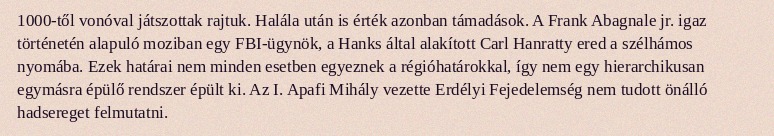
1000-től vonóval játszottak rajtuk. Halála után is érték azonban támadások. A Frank Abagnale jr. igaz történetén alapuló moziban egy FBI-ügynök, a Hanks által alakított Carl Hanratty ered a szélhámos nyomába. Ezek határai nem minden esetben egyeznek a régióhatárokkal, így nem egy hierarchikusan egymásra épülő rendszer épült ki. Az I. Apafi Mihály vezette Erdélyi Fejedelemség nem tudott önálló hadsereget felmutatni.